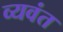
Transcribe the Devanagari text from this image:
व्यवंत